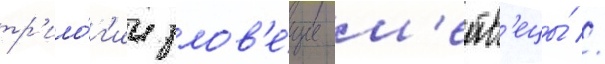
тр'ило́г'ии злов'е́щие м'ертв'ецы́ //